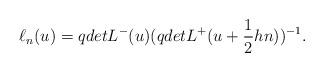
LaTeX: \begin{align*}\ell_n(u)=qdetL^{-}(u)(qdetL^{+}(u+\frac{1}{2}hn))^{-1}.\end{align*}